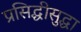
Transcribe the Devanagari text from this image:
प्रसिद्धीसुद्धा